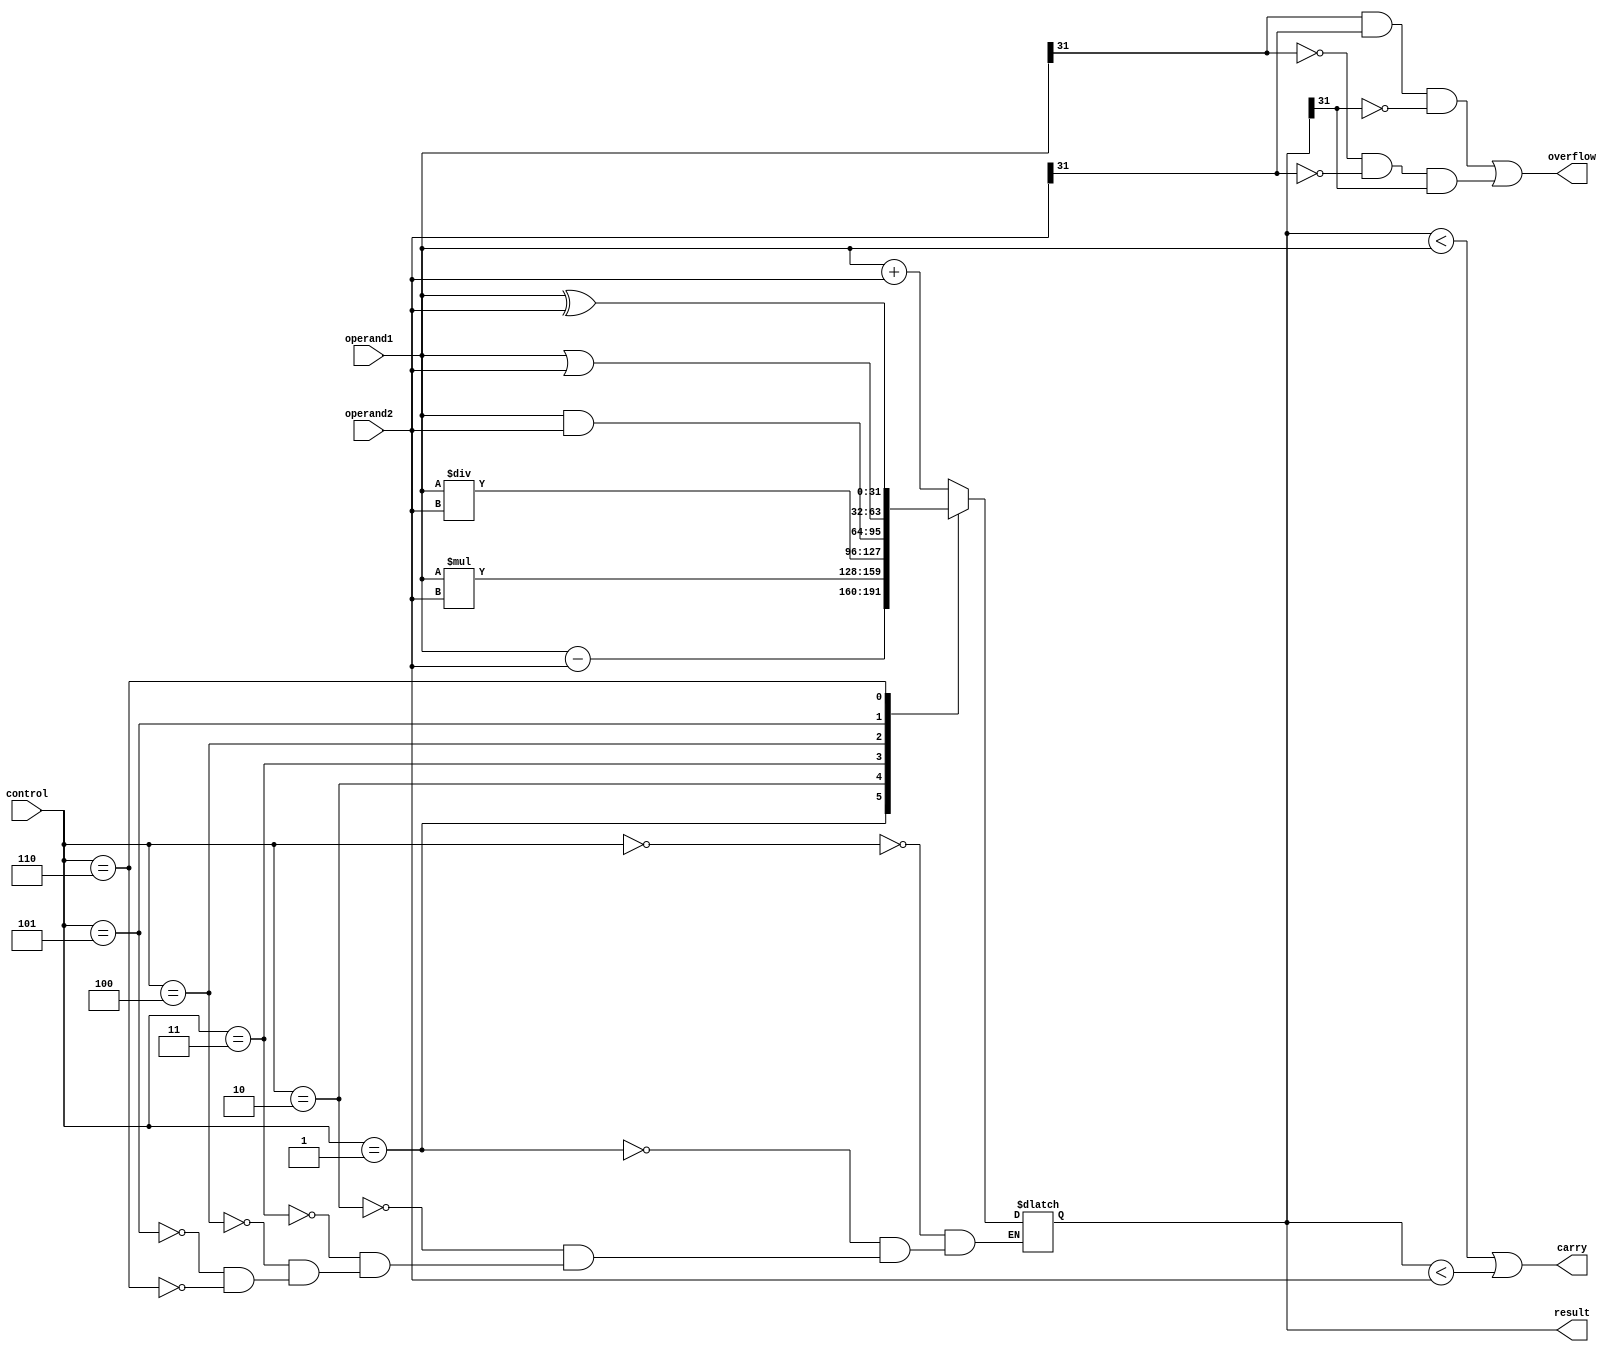
module ALU (
  input [31:0] operand1,
  input [31:0] operand2,
  input [2:0] control,
  output reg [31:0] result,
  output reg carry,
  output reg overflow
);

reg [31:0] temp_result;

always @(control, operand1, operand2) begin
  case (control)
    3'b000: temp_result = operand1 + operand2; // Addition
    3'b001: temp_result = operand1 - operand2; // Subtraction
    3'b010: temp_result = operand1 * operand2; // Multiplication
    3'b011: temp_result = operand1 / operand2; // Division
    3'b100: temp_result = operand1 & operand2; // Bitwise AND
    3'b101: temp_result = operand1 | operand2; // Bitwise OR
    3'b110: temp_result = operand1 ^ operand2; // Bitwise XOR
  endcase
end

always @(temp_result) begin
  result <= temp_result;
  carry <= (temp_result < operand1) || (temp_result < operand2);
  overflow <= (operand1[31] & operand2[31] & ~temp_result[31]) || (~operand1[31] & ~operand2[31] & temp_result[31]);
end

endmodule